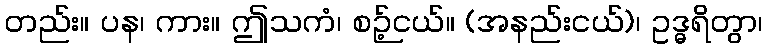
တည်း။ ပန၊ ကား။ ဤသကံ၊ စဉ့်ငယ်။ (အနည်းငယ်)၊ ဥဒ္ဓရိတွာ၊